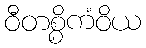
ဝီတစ္စိကံဝိယ